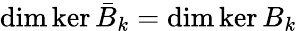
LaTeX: \dim\ker\bar{B}_{k}=\dim\ker B_{k}